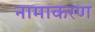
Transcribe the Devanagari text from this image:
नामाकरण्‍ा